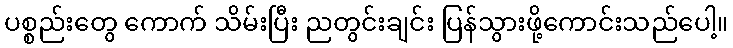
ပစ္စည်းတွေ ကောက် သိမ်းပြီး ညတွင်းချင်း ပြန်သွားဖို့ကောင်းသည်ပေါ့။